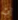
إن